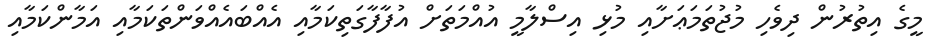
މީގެ އިތުރުން ދިވެހި މުޖުތަމަޢަށާއި މުޅި އިސްލާމީ އުއްމަތަށް އުފާފާގަތިކަމާއި އެއްބައެއްވަންތަކަމާއި އަމާންކަމާއި